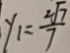
y _ { 1 } = \frac { \sqrt [ 2 ] { 7 } } { 7 }